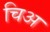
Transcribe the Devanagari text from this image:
चिअ